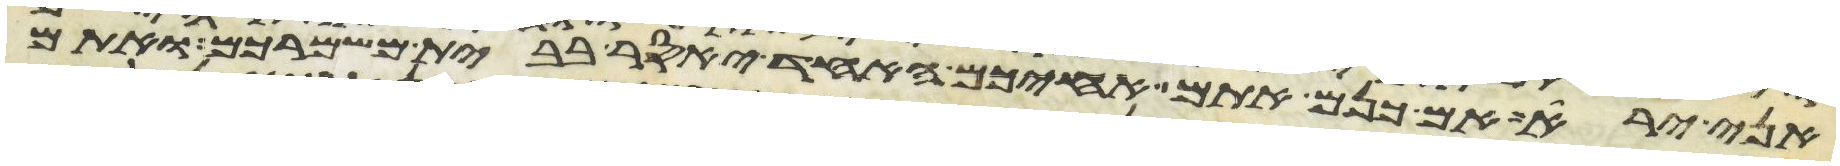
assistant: אני ירא אם כנים אתם אחיכם האחד יאסר בבית משמרכם ואתם